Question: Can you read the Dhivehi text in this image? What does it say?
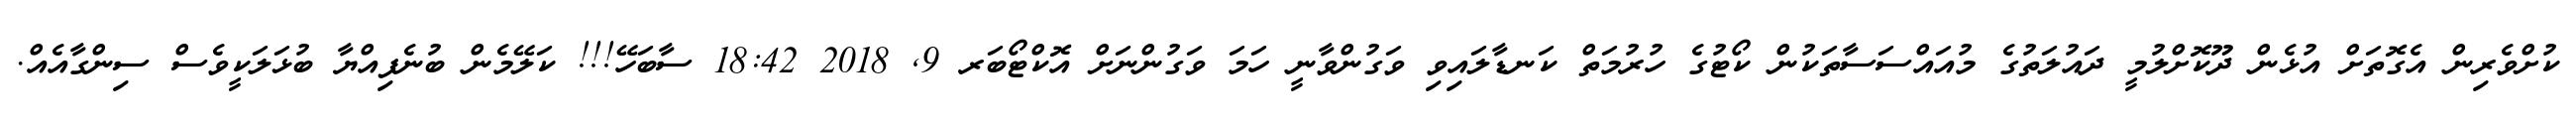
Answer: ކުށްވެރިން އެގޮތަށް އުޅެން ދޫކޮށްލުމީ ދައުލަތުގެ މުއައްސަސާތަކުން ކޯޓުގެ ހުރުމަތް ކަނޑާލައިވި ވަގުންވާނީ ހަމަ ވަގުންނަށް އޮކްޓޯބަރ 9, 2018 18:42 ސާބަހޭ!!! ކަލޭމެން ބުނެފިއްޔާ ބުޅަލަކީވެސް ސިންގާއެއް.